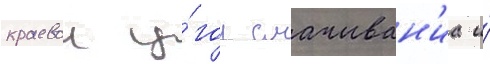
краевои у́гол смачиван'иа и́